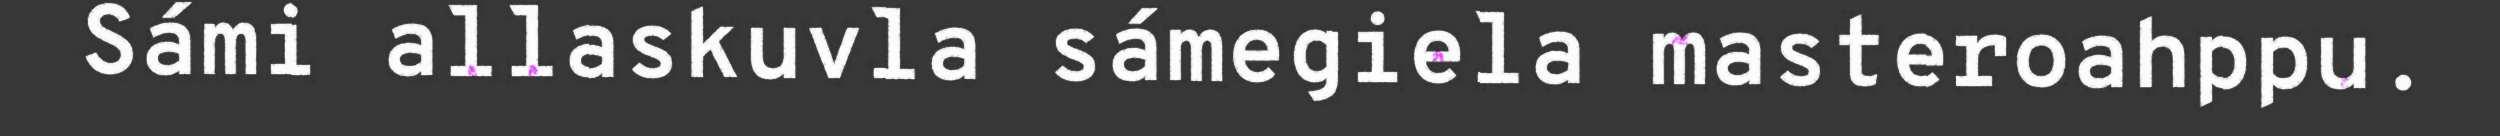
Sámi allaskuvla sámegiela masteroahppu.